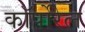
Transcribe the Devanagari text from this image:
कॉर्पोरेल